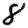
Digit: 8